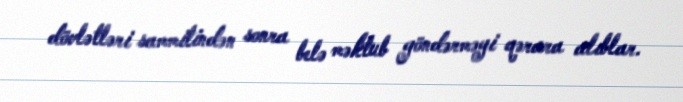
dövlətləri sammitindən sonra belə məktub göndərməyi qərara alıblar.